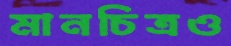
মানচিত্রও